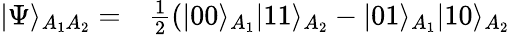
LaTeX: \begin{array}{rl}{\vert\Psi\rangle_{A_{1}A_{2}}=}&{{}\frac{1}{2}\left(\vert 00\rangle_{A_{1}}\vert 11\rangle_{A_{2}}-\vert 01\rangle_{A_{1}}\vert 10\rangle_{A_{2}}\right.}\end{array}